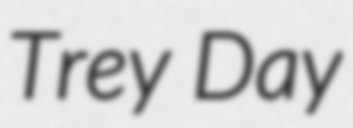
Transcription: Trey Day